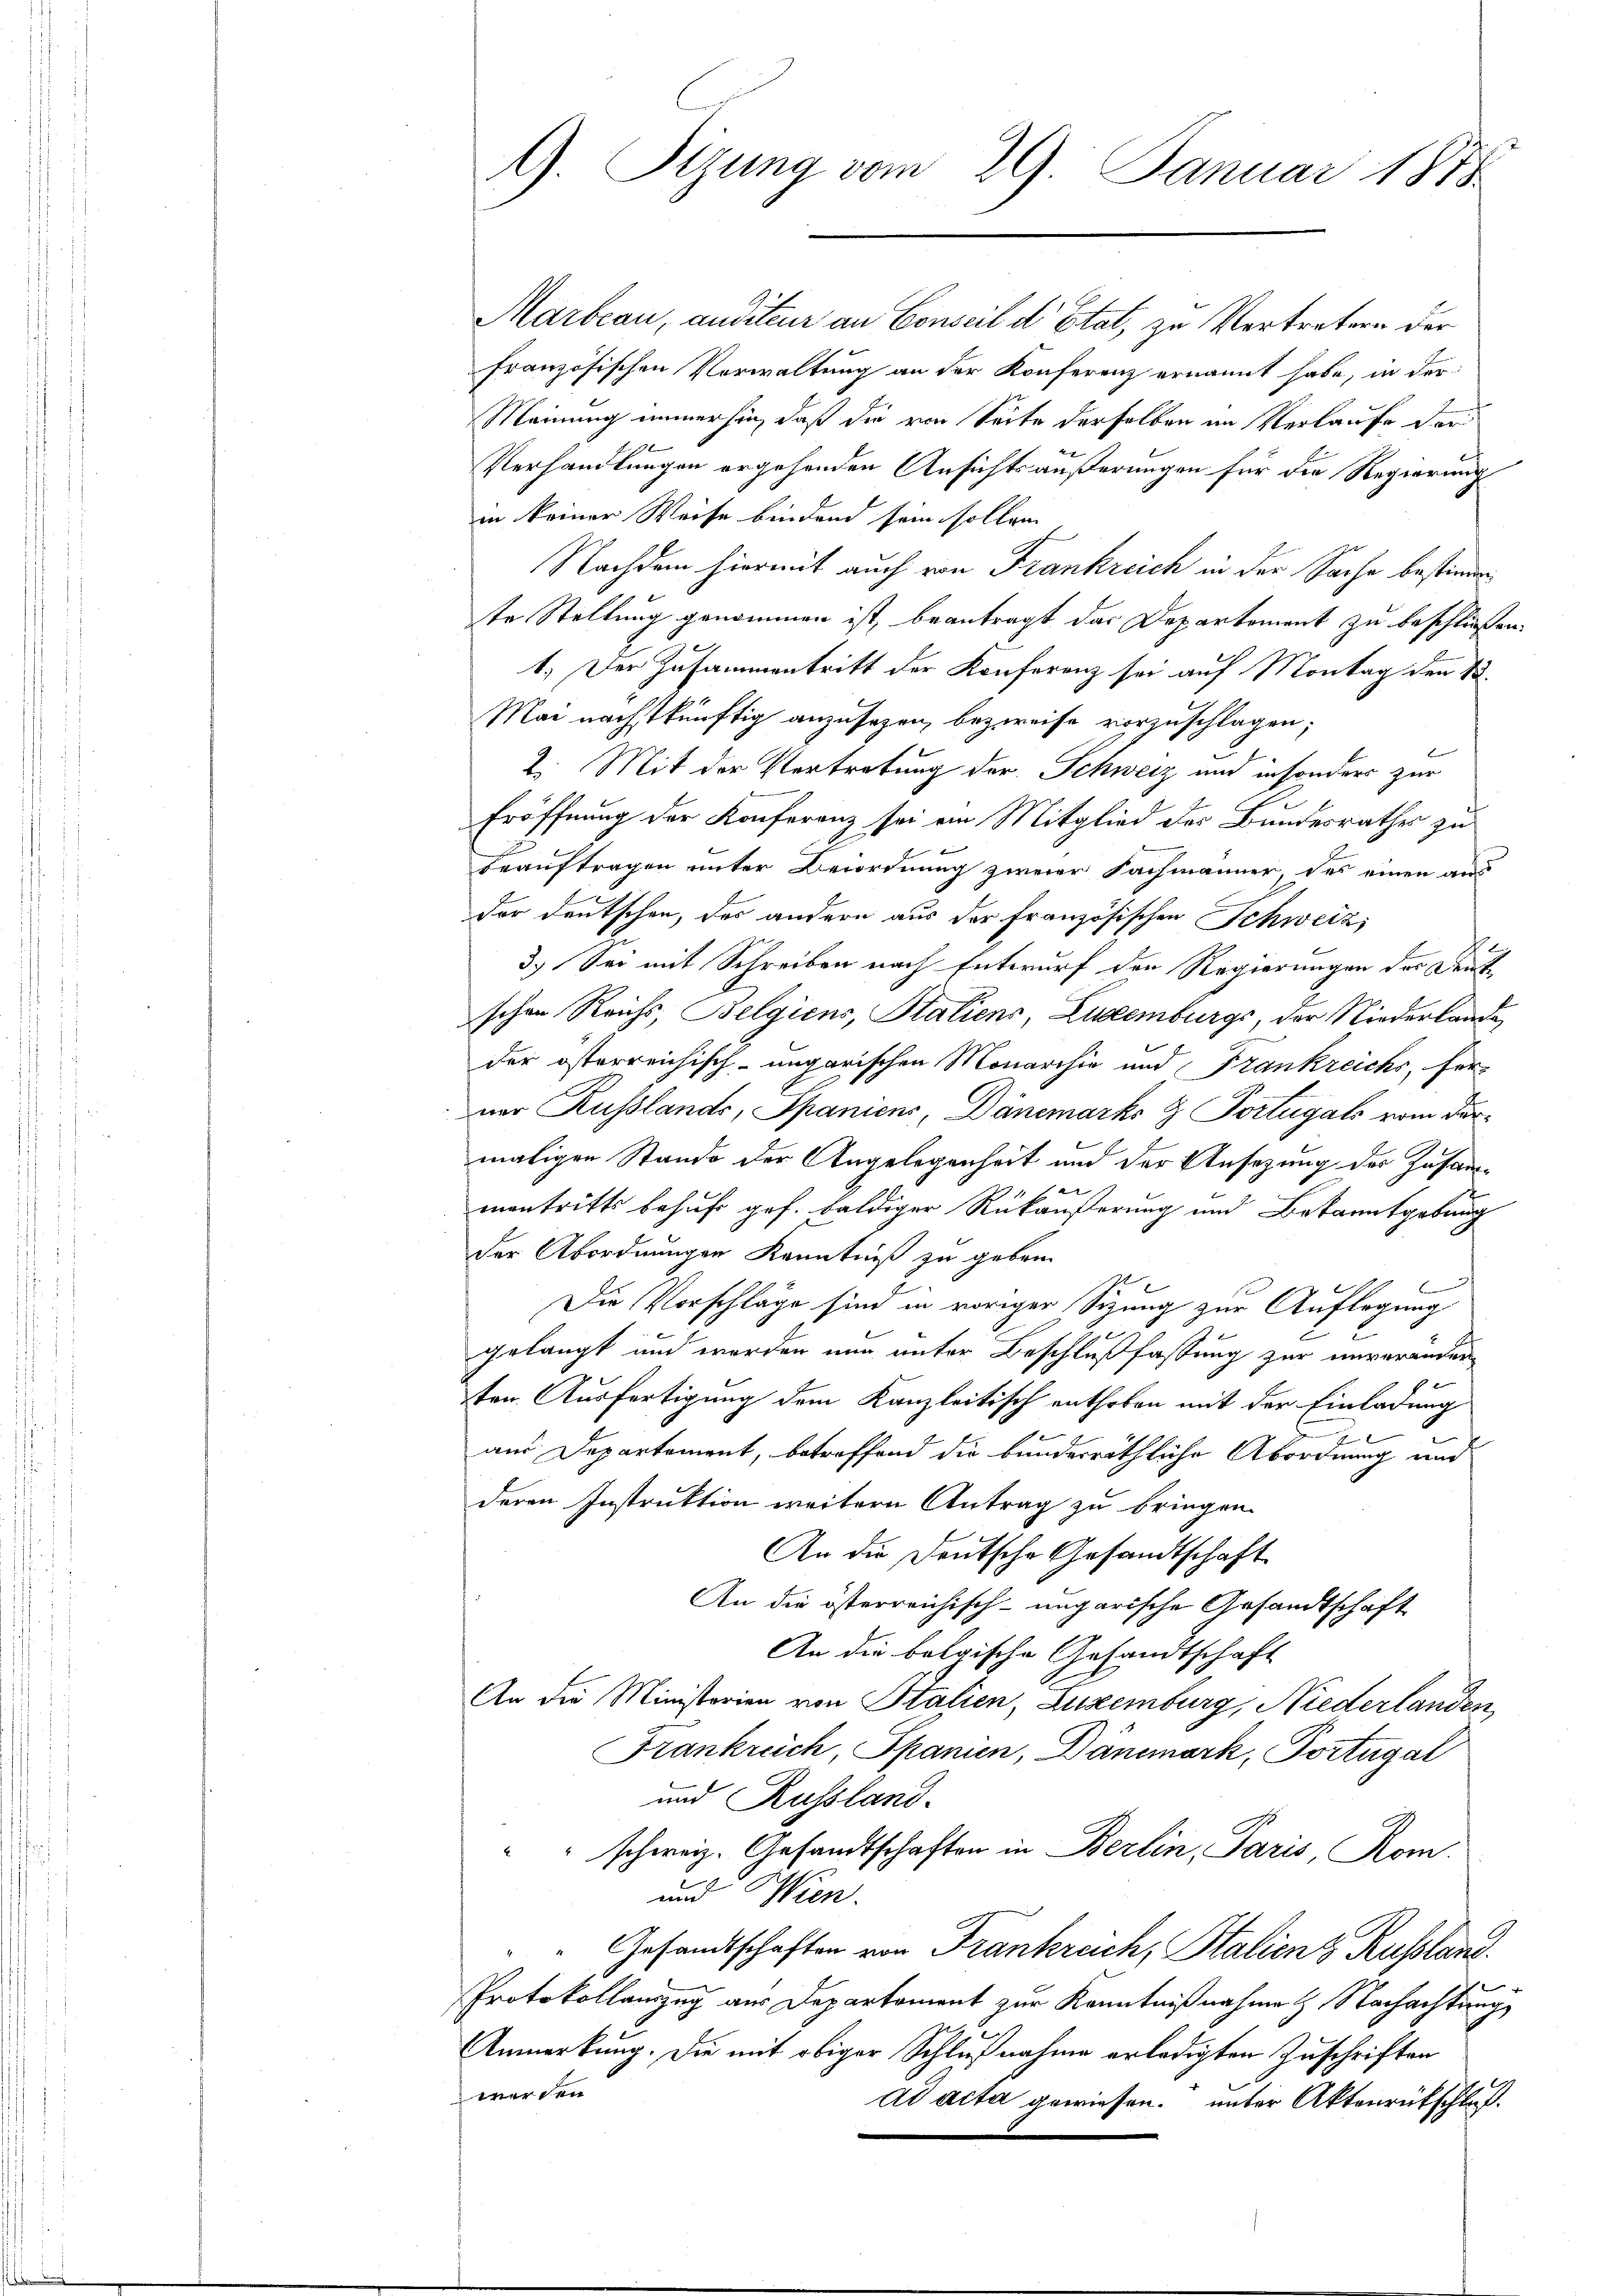
Marbeau, auditeur an Conseil d’Etat, zu Vertretern der
französischen Verwaltung an der Konferenz ernannt habe, in der
Meinung immerhin, daß die von Seite derselben im Verlaufe der
9
Verhandlungen ergehenden Ansichtsäußerungen für die Regierung
in keiner Weise bindend sein sollen
Nachdem hiermit auch von Frankreich in der Sache bestimme
te Stellung genommen ist, beantragt das Departement zu beschließen.
1.) Der Zusammentritt der Konferenz sei auf Montag den 13.
Mai nächstkünftig anzusehen, bezweife vorzuschlagen;
2. Mit der Vertretung der Schweiz und insonders zur
Eröffnung der Konferenz sei ein Mitglied des Bundesrathes zu
c
beauftragen unter Verordnung zweier Fachmänner, des einen aus
der deutschen, des andern aus der französischen Schweiz,
3.) Sei mit Schreiben nach Entwurf der Regierungen der Deut
schen Reichs, Belgiens, Staliens, Eugenburgs, der Niederland
der österreichisch-ungarischen Monarchiv und Frankreichs, fer-
ner Russlands, Spaniens, Dänemarks & Portugals vom dar-
maligen Stande der Angelegenheit und der Ansezung der Zusammantritts behuf gef. baldiger Rükäußerung und Bekanntgebung
der Abordnungen Kenntniß zu geben.
b
Die Vorschläge sind in voriger Sizung zur Auflegung
gelangt und werden nur unter Beschlußfassung zur unveränden
ten Ausfertigung dem Kanzleitisch enthoben mit der Einladung
e
F
aus Departement, betreffend die bunderräthliche Abordnung und
deren Instruktion weitern Antrag zu bringen.
An die Deutsche Gesandtschaft
An die österreichisch-ungarische Gesandtschaft
An die belgische Gesandtschaft
An die Ministerien von Stalien, Luzemburg, Niederlanden
Frankreich, Spanien, Dänemark, Portugal
und Russland.
schweiz. Gesandtschaften in Berlin, Paris, Rom.
und Wien.
Gesandtschaften von Frankreich, Stalienz Russland
Protokollauszug aus Departement zur Kenntnißnahme & Nachachtung
Anmerkung. Die mit obiger Schlußnahme erledigten Zuschriften
werden.
ad acta gewiesen, unter Aktenrütschluß.

G. Sitzung vom 29. Januar 1878